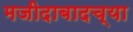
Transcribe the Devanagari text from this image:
मजीदाबादच्या